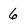
Character: 6